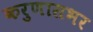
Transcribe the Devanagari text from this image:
करुणासभर